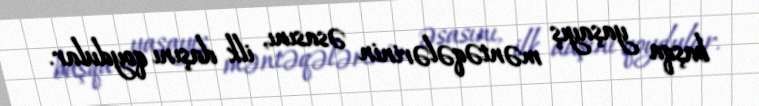
başqa yaşayış məntəqələrinin əsasını, ilk daşını qoydular.